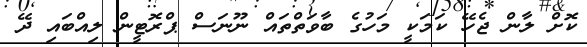
ކޮށް ލާން ޖެހޭ ކަމަކީ މަހުގެ ބާވަތްތައް ނޫނަސް ޕްރޮޓީން ލިއްބައި ދޭ